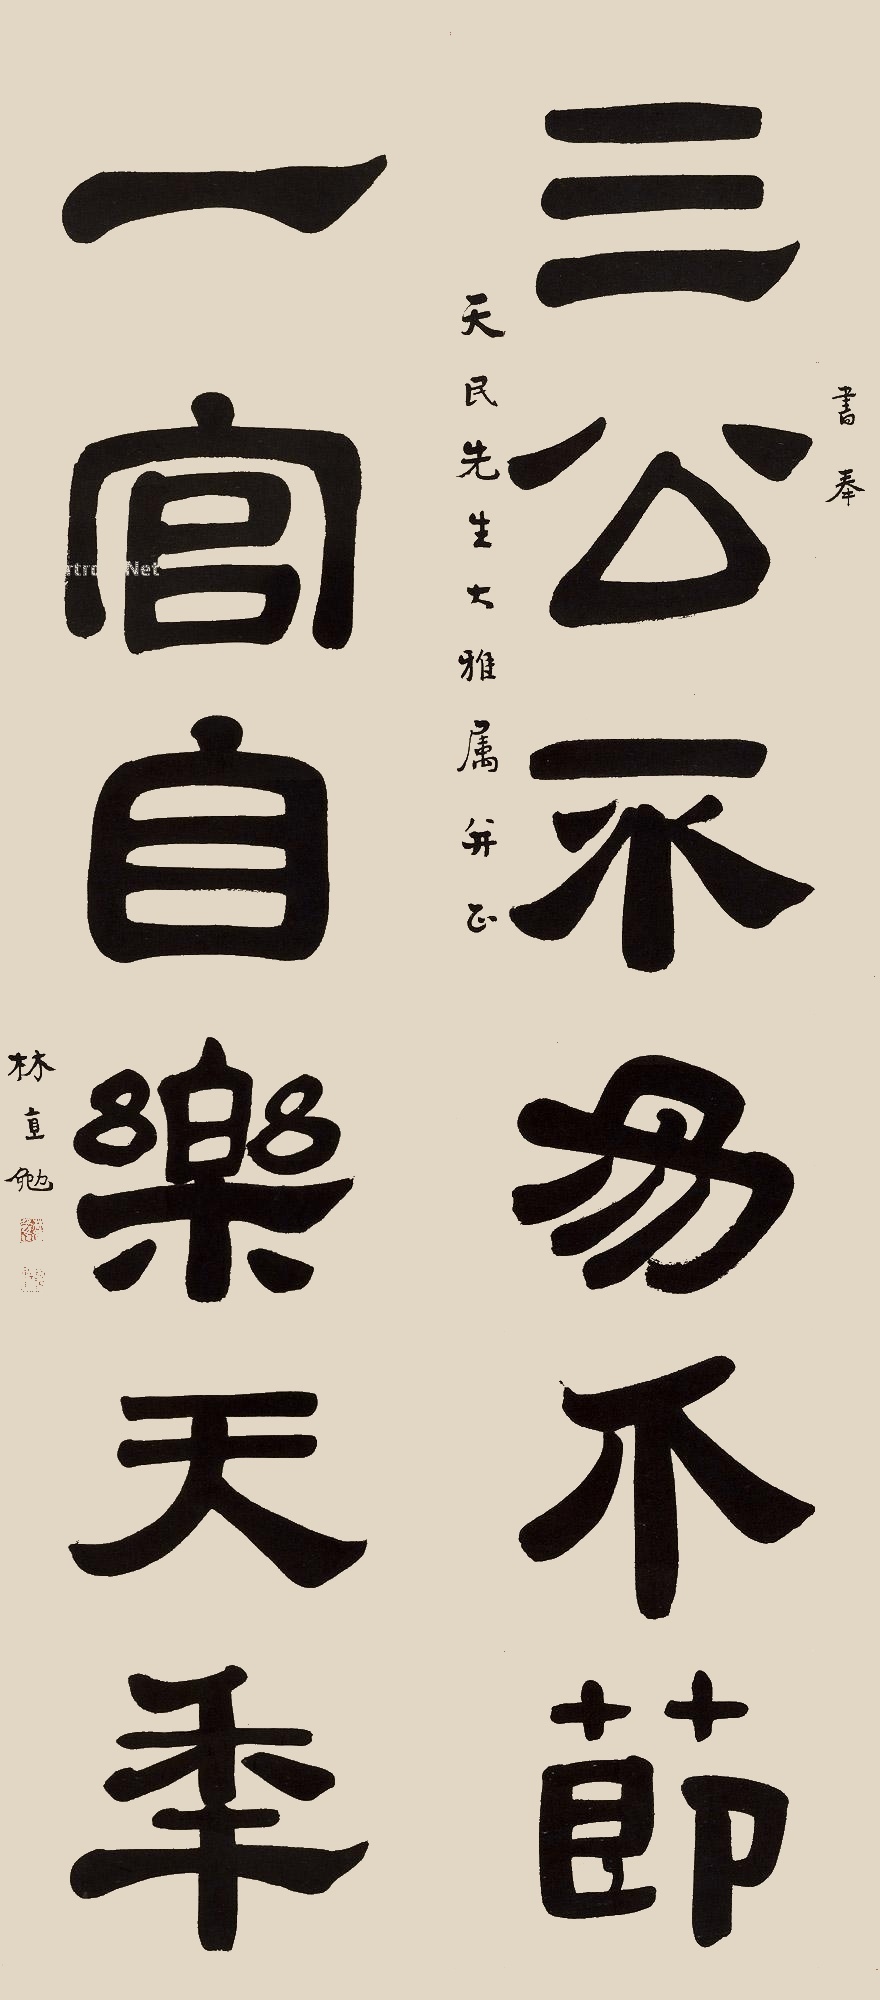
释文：三公不易介节，一官自乐天年。书奉天民先生大雅属并正，林直勉。